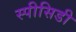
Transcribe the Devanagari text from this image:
स्पीसिडी